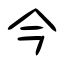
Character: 今